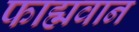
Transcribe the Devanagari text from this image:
फाह्मवान